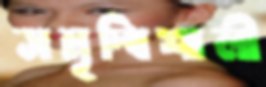
সমৃদ্ধিশালী